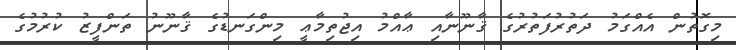
މިގޮތުން އެއްގަމު ދަތުރުފަތުރުގެ ޤާނޫނާއި ޢާއްމު އިޖުތިމާޢީ މިންގަނޑުގެ ޤާނޫނު ތަންފީޒު ކުރުމުގެ